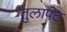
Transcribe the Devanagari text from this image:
तुलापट